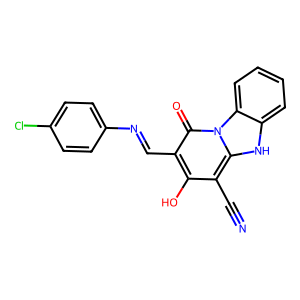
SMILES: N#Cc1c(O)c(C=Nc2ccc(Cl)cc2)c(=O)n2c1[nH]c1ccccc12
Inhibits HIV replication: No